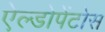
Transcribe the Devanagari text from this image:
ऐल्डोपेंटोस